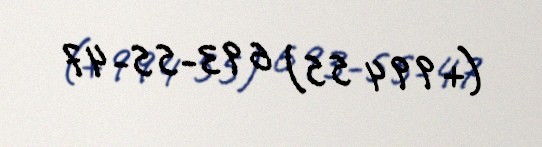
(+994 55) 693-55-47